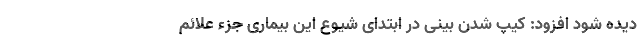
دیده شود افزود: کیپ شدن بینی در ابتدای شیوع این بیماری جزء علائم